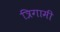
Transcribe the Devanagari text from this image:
त्रिगामी